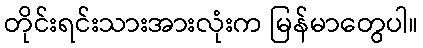
တိုင်းရင်းသားအားလုံးက မြန်မာတွေပါ။